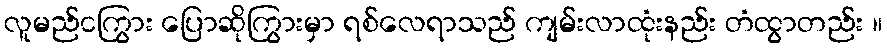
လူမည်ငကြွား ပြောဆိုကြွားမှာ ရစ်လေရာသည် ကျမ်းလာထုံးနည်း တံထွာတည်း ။